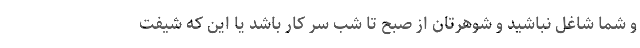
و شما شاغل نباشید و شوهرتان از صبح تا شب سر کار باشد یا این که شیفت